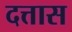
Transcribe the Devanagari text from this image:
दत्तास